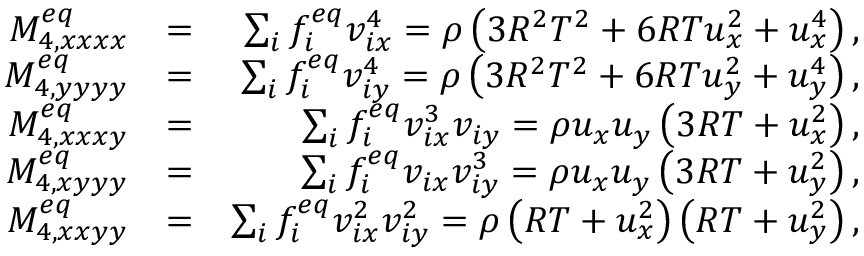
\begin{array} { r l r } { M _ { 4 , x x x x } ^ { e q } } & { = } & { \sum _ { i } { f _ { i } ^ { e q } v _ { i x } ^ { 4 } } = \rho \left( 3 R ^ { 2 } T ^ { 2 } + 6 R T u _ { x } ^ { 2 } + u _ { x } ^ { 4 } \right) , } \\ { M _ { 4 , y y y y } ^ { e q } } & { = } & { \sum _ { i } { f _ { i } ^ { e q } v _ { i y } ^ { 4 } } = \rho \left( 3 R ^ { 2 } T ^ { 2 } + 6 R T u _ { y } ^ { 2 } + u _ { y } ^ { 4 } \right) , } \\ { M _ { 4 , x x x y } ^ { e q } } & { = } & { \sum _ { i } { f _ { i } ^ { e q } v _ { i x } ^ { 3 } v _ { i y } } = \rho u _ { x } u _ { y } \left( 3 R T + u _ { x } ^ { 2 } \right) , } \\ { M _ { 4 , x y y y } ^ { e q } } & { = } & { \sum _ { i } { f _ { i } ^ { e q } v _ { i x } v _ { i y } ^ { 3 } } = \rho u _ { x } u _ { y } \left( 3 R T + u _ { y } ^ { 2 } \right) , } \\ { M _ { 4 , x x y y } ^ { e q } } & { = } & { \sum _ { i } { f _ { i } ^ { e q } v _ { i x } ^ { 2 } v _ { i y } ^ { 2 } } = \rho \left( R T + u _ { x } ^ { 2 } \right) \left( R T + u _ { y } ^ { 2 } \right) , } \end{array}